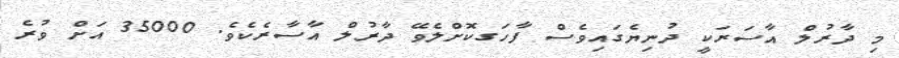
މި ދާރުލް އާސަރަކީ ދުނިޔެގައިވެސް ފާހަގކޮށްލެވޭ ދާރުލް އާސާރެކެވެ. 35000 އަށް ވުރެ